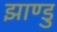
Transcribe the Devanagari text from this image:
झाण्डु